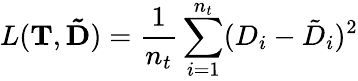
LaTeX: L(\mathbf{T},\mathbf{\tilde{D}})=\frac{1}{n_{t}}\sum_{i=1}^{n_{t}}(D_{i}-\tilde{D}_{i})^{2}